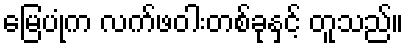
မြေပုံက လက်ဖဝါးတစ်ခုနှင့် တူသည်။